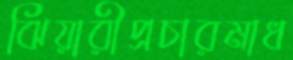
ঝিয়ারীপ্রচারমাধ